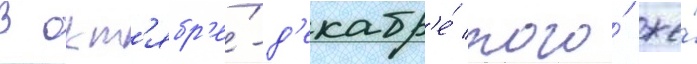
В окт'ябр'е́-д'екабр'е́ того́ же́